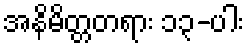
အနိမိတ္တတရား ၁၃-ပါး